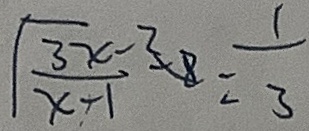
\sqrt { \frac { 3 x - 2 } { x - 1 } } - 8 = \frac { 1 } { 3 }